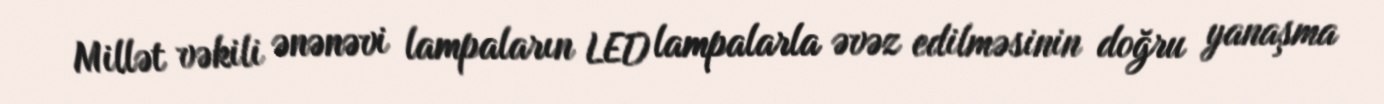
Millət vəkili ənənəvi lampaların LED lampalarla əvəz edilməsinin doğru yanaşma